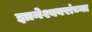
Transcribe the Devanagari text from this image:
ज्ञानेश्ववरांच्या